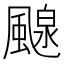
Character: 𩘘